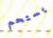
يستحم